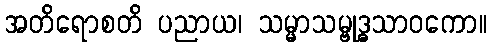
အတိရောစတိ ပညာယ၊ သမ္မာသမ္ဗုဒ္ဓသာဝကော။